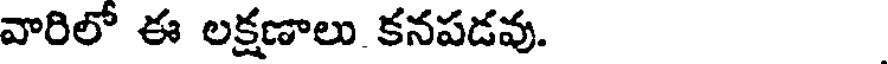
వారిలో ఈ లక్షణాలు కనపడవు.